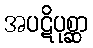
အပဋိပုစ္ဆာ